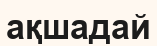
ақшадай